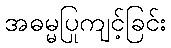
အဓမ္မပြုကျင့်ခြင်း